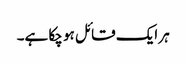
ہر ایک قائل ہو چکا ہے۔